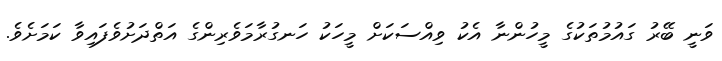
ވަނީ ބޭރު ގައުމުތަކުގެ މީހުންނާ އެކު ވިއްސަކަށް މީހަކު ހަނގުރާމަވެރިންގެ އަތްދަށުވެފައިވާ ކަމަށެވެ.